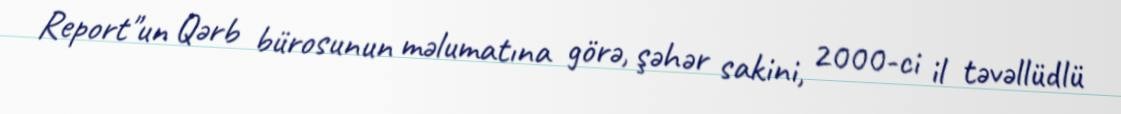
Report"un Qərb bürosunun məlumatına görə, şəhər sakini, 2000-ci il təvəllüdlü